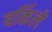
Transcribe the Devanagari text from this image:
बर्किले